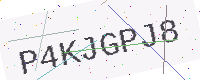
Text: P4KJGPJ8